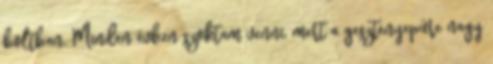
boltban. Minden évben szoktam venni, mert a gesztenyepüre nagy